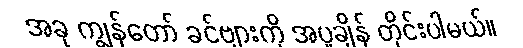
အခု ကျွန်တော် ခင်ဗျားကို အပူချိန် တိုင်းပါမယ်။